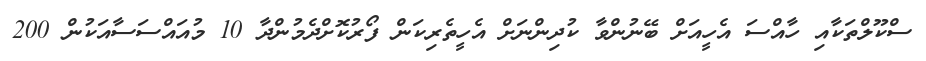
ސްކޫލްތަކާއި ހާއްސަ އެހީއަށް ބޭނުންވާ ކުދިންނަށް އެހީތެރިކަން ފޯރުކޮށްދެމުންދާ 10 މުއައްސަސާއަކުން 200